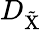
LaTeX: D_{\mathrm{\tilde{X}}}